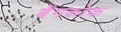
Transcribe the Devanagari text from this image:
बेंगकोक